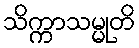
သိက္ကာသမ္မုတိ